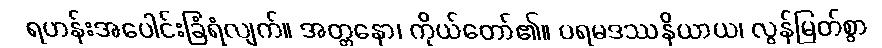
ရဟန်းအပေါင်းခြံရံလျက်။ အတ္တနော၊ ကိုယ်တော်၏။ ပရမဒဿနိယာယ၊ လွန်မြတ်စွာ